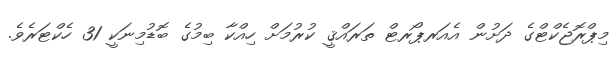
މިޕްރޮޖެކްޓްގެ ދަށުން އެއަރޕޯރޓް ތަރައްޤީ ކުރުމަށް ހިއްކާ ބިމުގެ ބޮޑުމިނަކީ 31 ހެކްޓަރެވެ.